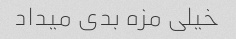
خیلی مزه بدی میداد